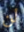
لن